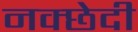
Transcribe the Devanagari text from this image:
नक्छेदी